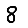
Digit: 8